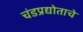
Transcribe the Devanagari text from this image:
चंडप्रद्योताचे